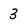
Character: 3